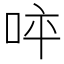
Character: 𠱪